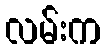
လမ်းက